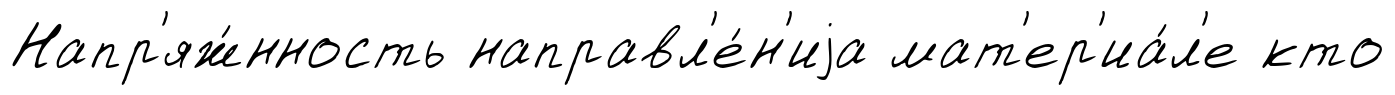
Напр'яж́нность направл'е́н'иjа мат'ер'иа́л'е кто